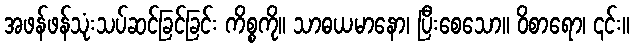
အဖန်ဖန်သုံးသပ်ဆင်ခြင်ခြင်း ကိစ္စကို။ သာဓယမာနော၊ ပြီးစေသော။ ဝိစာရော၊ ၎င်း။